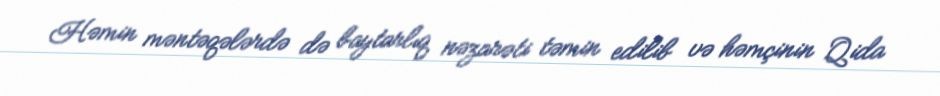
Həmin məntəqələrdə də baytarlıq nəzarəti təmin edilib və həmçinin Qida